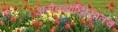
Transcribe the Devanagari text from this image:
अलेक्झांड्रिीयातच